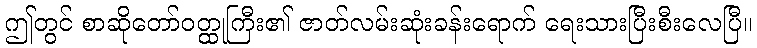
ဤတွင် စာဆိုတော်ဝတ္ထုကြီး၏ ဇာတ်လမ်းဆုံးခန်းရောက် ရေးသားပြီးစီးလေပြီ။